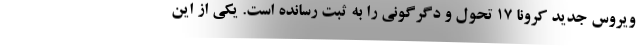
ویروس جدید کرونا ۱۷ تحول و دگرگونی را به ثبت رسانده است. یکی از این